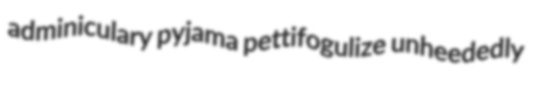
adminiculary pyjama pettifogulize unheededly